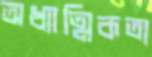
অধ্যাত্মিকতা